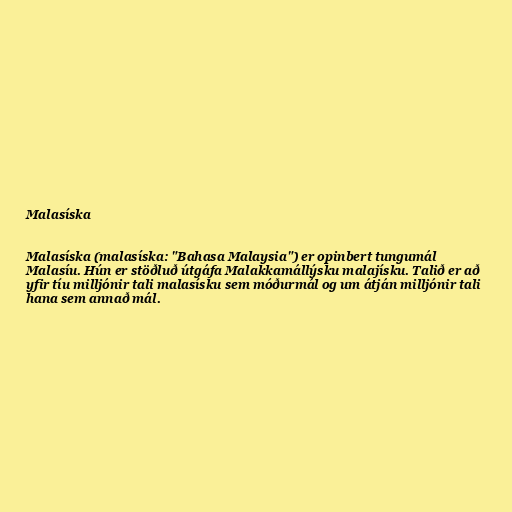
Malasíska

Malasíska (malasíska: "Bahasa Malaysia") er opinbert tungumál
Malasíu. Hún er stöðluð útgáfa Malakkamállýsku malajísku. Talið er að
yfir tíu milljónir tali malasísku sem móðurmál og um átján milljónir tali
hana sem annað mál.